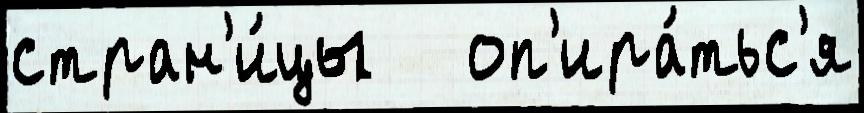
стран'и́цы   оп'ира́тьс'я